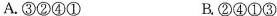
A.③②④① B.②④①③